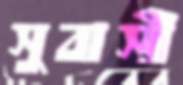
সুবাসী